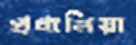
প্রধানিয়া